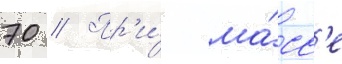
70 // Пр'и́ ма́сс'е